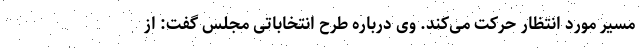
مسیر مورد انتظار حرکت می‌کند. وی درباره طرح انتخاباتی مجلس گفت: از